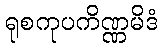
ရုစကုပကိဏ္ဏမိဒံ